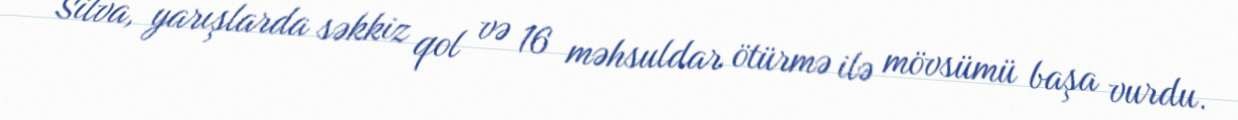
Silva, yarışlarda səkkiz qol və 16 məhsuldar ötürmə ilə mövsümü başa vurdu.